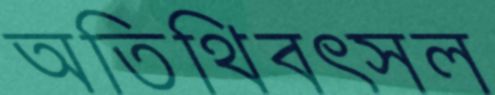
অতিথিবত্সল